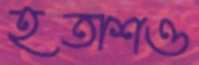
হতাশও